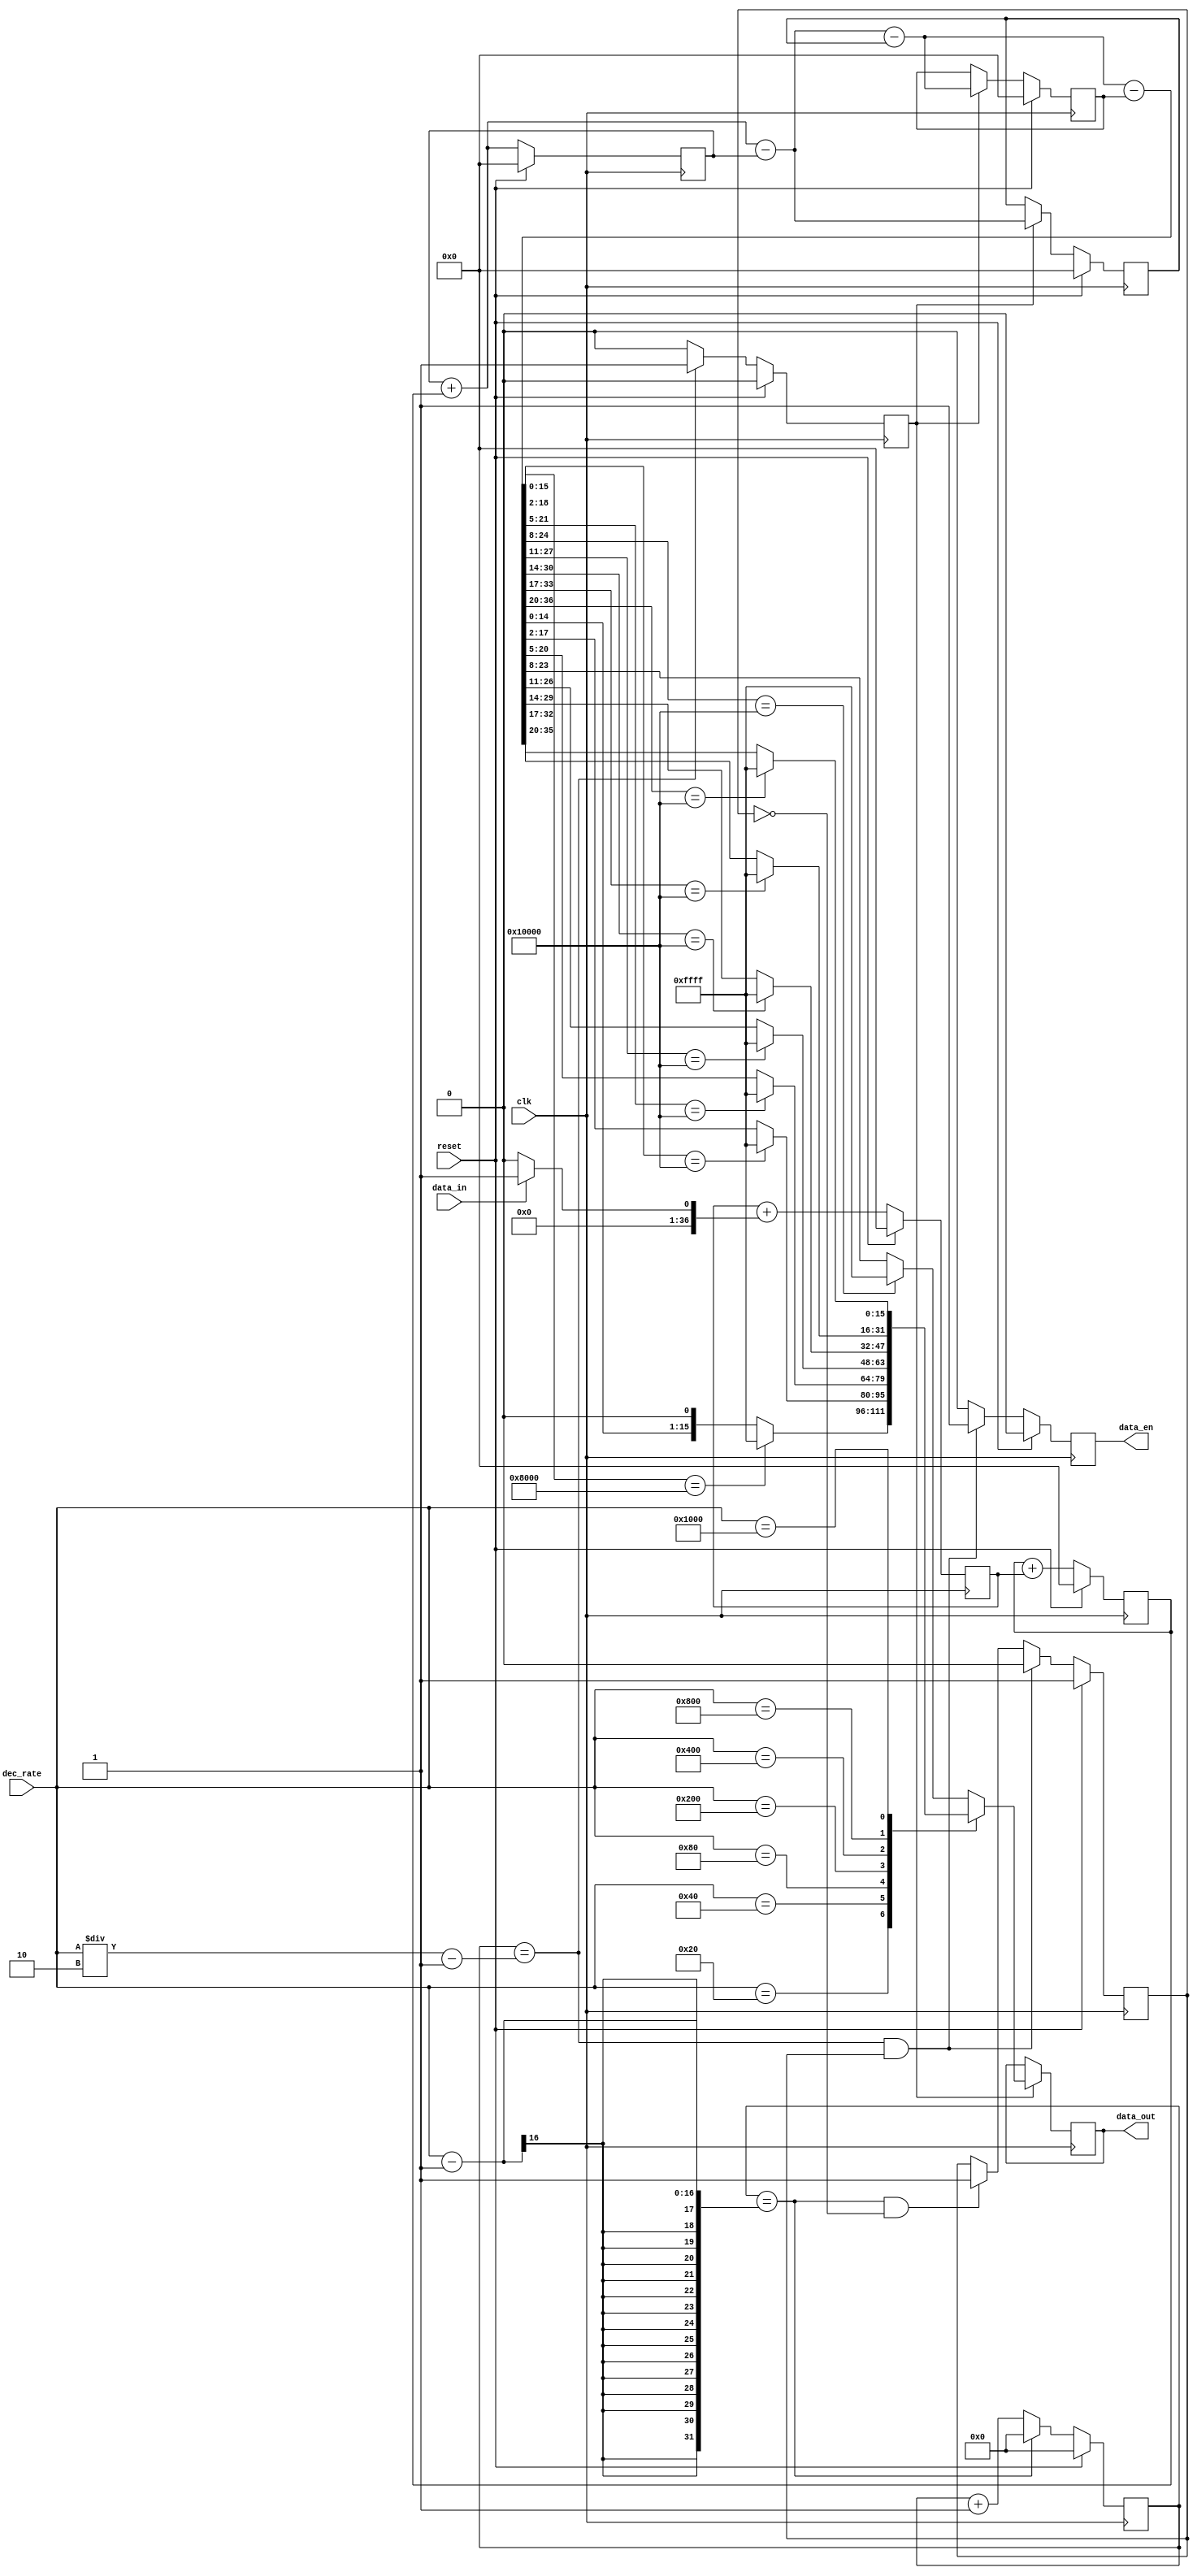
// ***************************************************************************
// ***************************************************************************
// Copyright 2014 - 2017 (c) Analog Devices, Inc. All rights reserved.
//
// In this HDL repository, there are many different and unique modules, consisting
// of various HDL (Verilog or VHDL) components. The individual modules are
// developed independently, and may be accompanied by separate and unique license
// terms.
//
// The user should read each of these license terms, and understand the
// freedoms and responsabilities that he or she has by using this source/core.
//
// This core is distributed in the hope that it will be useful, but WITHOUT ANY
// WARRANTY; without even the implied warranty of MERCHANTABILITY or FITNESS FOR
// A PARTICULAR PURPOSE.
//
// Redistribution and use of source or resulting binaries, with or without modification
// of this file, are permitted under one of the following two license terms:
//
//   1. The GNU General Public License version 2 as published by the
//      Free Software Foundation, which can be found in the top level directory
//      of this repository (LICENSE_GPL2), and also online at:
//      <https://www.gnu.org/licenses/old-licenses/gpl-2.0.html>
//
// OR
//
//   2. An ADI specific BSD license, which can be found in the top level directory
//      of this repository (LICENSE_ADIBSD), and also on-line at:
//      https://github.com/analogdevicesinc/hdl/blob/master/LICENSE_ADIBSD
//      This will allow to generate bit files and not release the source code,
//      as long as it attaches to an ADI device.
//
// ***************************************************************************
// ***************************************************************************

`timescale 1ns/100ps

module util_dec256sinc24b (

  input               clk,          /* used to clk filter */
  input               reset,        /* used to reset filter */
  input               data_in,      /* input data to be filtered */
  output reg [15:0]   data_out,     /* filtered output */
  output reg          data_en,
  input      [15:0]   dec_rate);

  /* Data is read on positive clk edge */

  reg [36:0]  data_int = 37'h0;
  reg [36:0]  acc1 = 37'h0;
  reg [36:0]  acc2 = 37'h0;
  reg [36:0]  acc3 = 37'h0;
  reg [36:0]  acc3_d = 37'h0;
  reg [36:0]  diff1_d = 37'h0;
  reg [36:0]  diff2_d = 37'h0;
  reg [15:0]  word_count = 16'h0;
  reg         word_en = 1'b0;
  reg         enable = 1'b0;

  wire [36:0] acc1_s;
  wire [36:0] acc2_s;
  wire [36:0] acc3_s;
  wire [36:0] diff1_s;
  wire [36:0] diff2_s;
  wire [36:0] diff3_s;

  /* Perform the Sinc action */

  always @(data_in) begin
    if (data_in==0)
      data_int <= 37'd0;
    else /* change 0 to a -1 for twos complement */
      data_int <= 37'd1;
  end

  /* Accumulator (Integrator) Perform the accumulation (IIR) at the speed of
   * the modulator. Z = one sample delay MCLKOUT = modulators conversion
   * bit rate */

  always @(negedge clk) begin
    if (reset == 1'b1) begin
      /* initialize acc registers on reset */
      acc1 <= 37'd0;
      acc2 <= 37'd0;
      acc3 <= 37'd0;
    end else begin
      /* perform accumulation process */
      acc1 <= acc1_s;
      acc2 <= acc2_s;
      acc3 <= acc3_s;
    end
  end
  assign acc1_s = acc1 + data_int;
  assign acc2_s = acc2 + acc1;
  assign acc3_s = acc3 + acc2;

  /* decimation stage (MCLKOUT/WORD_CLK) */

  always @(posedge clk) begin
    if (reset == 1'b1) begin
      word_count <= 16'd0;
    end else begin
      if (word_count == (dec_rate - 1))
        word_count <= 16'd0;
      else
        word_count <= word_count + 16'b1;
    end
  end

  always @(posedge clk) begin
    if (reset == 1'b1) begin
      word_en <= 1'b0;
    end else begin
      if (word_count == (dec_rate/2 - 1))
        word_en <= 1'b1;
      else
        word_en <= 1'b0;
    end
  end

  /* Differentiator (including decimation stage)
   * Perform the differentiation stage (FIR) at a lower speed.
   * Z = one sample delay WORD_EN = output word rate */

  always @(posedge clk) begin
    if (reset == 1'b1) begin
      diff1_d <= 37'd0;
      diff2_d <= 37'd0;
      acc3_d <= 37'b0;
    end else if (word_en == 1'b1) begin
      acc3_d <= acc3;
      diff1_d <= diff1_s;
      diff2_d <= diff2_s;
    end
  end
  assign diff1_s = acc3_s - acc3;
  assign diff2_s = diff1_s - diff1_d;
  assign diff3_s = diff2_s - diff2_d;

  /* Clock the Sinc output into an output register
   * WORD_EN = output word rate */

  always @(posedge clk) begin
    if (word_en == 1'b1) begin
      case (dec_rate)

        16'd32: begin
          data_out <= (diff3_s[15:0] == 16'h8000) ? 16'hFFFF : {diff3_s[14:0], 1'b0};
        end

        16'd64: begin
          data_out <= (diff3_s[18:2] == 17'h10000) ? 16'hFFFF : diff3_s[17:2];
        end

        16'd128: begin
          data_out <= (diff3_s[21:5] == 17'h10000) ? 16'hFFFF : diff3_s[20:5];
        end

        16'd256: begin
          data_out <= (diff3_s[24:8] == 17'h10000) ? 16'hFFFF : diff3_s[23:8];
        end

        16'd512: begin
          data_out <= (diff3_s[27:11] == 17'h10000) ? 16'hFFFF : diff3_s[26:11];
        end

        16'd1024: begin
          data_out <= (diff3_s[30:14] == 17'h10000) ? 16'hFFFF : diff3_s[29:14];
        end

        16'd2048: begin
          data_out <= (diff3_s[33:17] == 17'h10000) ? 16'hFFFF : diff3_s[32:17];
        end

        16'd4096: begin
          data_out <= (diff3_s[36:20] == 17'h10000) ? 16'hFFFF : diff3_s[35:20];
        end

        default:begin
          data_out <= (diff3_s[24:8] == 17'h10000) ? 16'hFFFF : diff3_s[23:8];
        end
      endcase
    end
  end

  /* Synchronize Data Output */

  always @(posedge clk) begin
    if (reset == 1'b1) begin
      data_en <= 1'b0;
      enable <= 1'b1;
    end else begin
      if ((word_count == (dec_rate/2 - 1)) && (enable == 1'b1)) begin
        data_en <= 1'b1;
        enable <= 1'b0;
      end else if ((word_count == (dec_rate - 1)) && (enable == 1'b0)) begin
        data_en <= 1'b0;
        enable <= 1'b1;
      end else
        data_en <= 1'b0;
    end
  end

endmodule